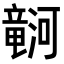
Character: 𪷹